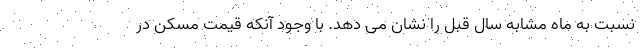
نسبت به ماه مشابه سال قبل را نشان می دهد. با وجود آنکه قیمت مسکن در